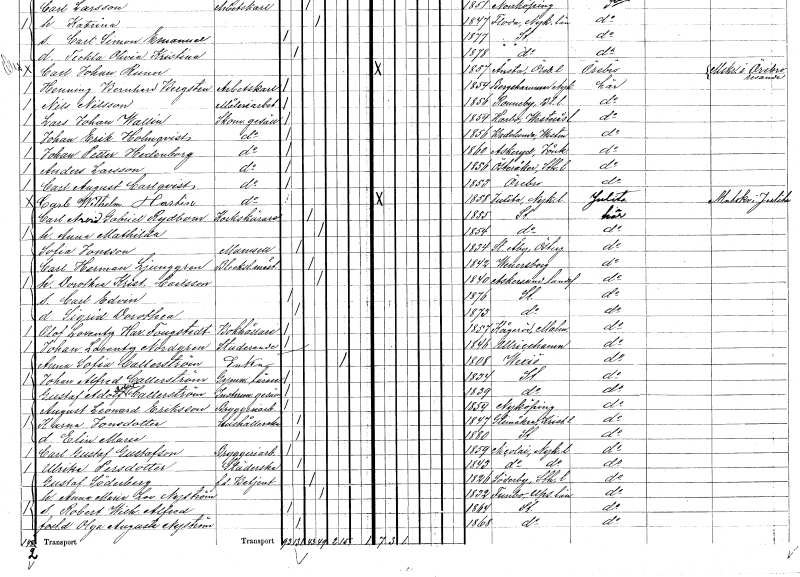
gt_parse: households: individuals: FN: Carl Wilhelm
EN: Hartin
YRKE: Skomakaregesäll
KON: M
CIV: O
FODAR: 1858
FODFORS: Julita Södermanlands län
FN: Carl Arvid Gabriel
EN: Rydbom
YRKE: Korkskärare
KON: M
CIV: G
FODAR: 1855
FODFORS: Stockholm
FN: Anna Mathilda
KON: K
CIV: G
FODAR: 1854
FODFORS: Stockholm
FN: Sofia
EN: Jonsson
KON: K
CIV: O
FODAR: 1834
FODFORS: Stora Åby Östergötlands län
FN: Carl Herman
EN: Ljunggren
YRKE: Bleckslagarmästare
KON: M
CIV: G
FODAR: 1842
FODFORS: Vänersborg Älvsborgs län
FN: Dorothea Kristina
EN: Carlsson
KON: K
CIV: G
FODAR: 1840
FODFORS: Askersund landsförsamling Örebro län
FN: Carl Edvin
KON: M
CIV: O
FODAR: 1876
FODFORS: Stockholm
FN: Sigrid Dorothea
KON: K
CIV: O
FODAR: 1873
FODFORS: Stockholm
FN: Olof Lorentz Har.
EN: Fougstedt
YRKE: Bokhållare
KON: M
CIV: O
FODAR: 1857
FODFORS: Kågeröd Malmöhus län
FN: Johan Lorentz
EN: Nordgren
YRKE: Studerande
KON: M
CIV: O
FODAR: 1846
FODFORS: Ulricehamn Älvsborgs län
FN: Anna Sofia
EN: Callerström
YRKE: Änka
KON: K
CIV: E
FODAR: 1808
FODFORS: Växjö Kronobergs län
FN: Johan Alfred
EN: Callerström
YRKE: Gymnastiklärare
KON: M
CIV: O
FODAR: 1834
FODFORS: Stockholm
FN: Gustaf Adolf Albert
EN: Callerström
YRKE: Instrumentmakaregesäll
KON: M
CIV: O
FODAR: 1839
FODFORS: Stockholm
FN: August Leonard
EN: Eriksson
YRKE: Bryggeriarbetare
KON: M
CIV: O
FODAR: 1854
FODFORS: Nyköping Södermanlands län
FN: Karna
EN: Jonsdotter
YRKE: Hushållerska
KON: K
CIV: O
FODAR: 1847
FODFORS: Glimåkra Kristianstads län
FN: Elin Maria
KON: K
CIV: O
FODAR: 1880
FODFORS: Stockholm
FN: Carl Gustaf
EN: Gustafson
YRKE: Bryggeriarbetare
KON: M
CIV: O
FODAR: 1859
FODFORS: Nikolai Södermanlands län
FN: Ulrika
EN: Persdotter
YRKE: Städerska
KON: K
CIV: O
FODAR: 1843
FODFORS: Nikolai Södermanlands län
FN: Gustaf
EN: Söderberg
YRKE: Betjänt f.d.
KON: M
CIV: G
FODAR: 1826
FODFORS: Söderby Stockholms län
FN: Anna Maria Lovisa
EN: Nyström
KON: K
CIV: G
FODAR: 1832
FODFORS: Funbo Uppsala län
FN: Robert Wilhelm Alfred
KON: M
CIV: O
FODAR: 1864
FODFORS: Stockholm
FN: Olga Augusta
EN: Nyström
KON: K
CIV: O
FODAR: 1868
FODFORS: Stockholm